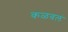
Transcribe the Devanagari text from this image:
कळवलं